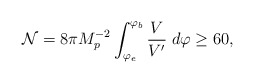
\begin{align*}{\cal{N}}=8\pi M^{-2}_{p} \int_{\varphi_{e}}^{\varphi_{b}}\frac{V}{V^{\prime}} \; d\varphi \geq 60,\end{align*}